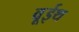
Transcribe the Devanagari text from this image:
वूईथ